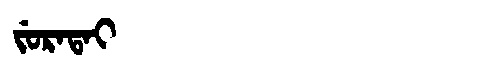
Manchu: ᠵᡠᡵᠠᡨᠠᡳ
Romanization: JURATAI